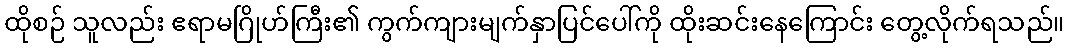
ထိုစဉ် သူလည်း ဧရာမဂြိုဟ်ကြီး၏ ကွက်ကျားမျက်နှာပြင်ပေါ်ကို ထိုးဆင်းနေကြောင်း တွေ့လိုက်ရသည်။